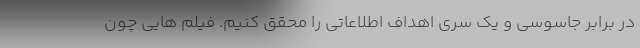
در برابر جاسوسی و یک سری اهداف اطلاعاتی را محقق کنیم. فیلم هایی چون